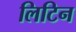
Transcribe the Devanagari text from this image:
लिटिन